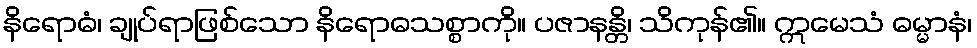
နိရောဓံ၊ ချုပ်ရာဖြစ်သော နိရောဓသစ္စာကို။ ပဇာနန္တိ၊ သိကုန်၏။ ဣမေသံ ဓမ္မာနံ၊